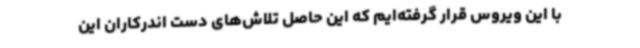
با این ویروس قرار گرفته‌ایم که این حاصل تلاش‌های دست اندرکاران این